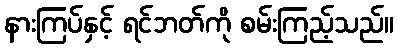
နားကြပ်နှင့် ရင်ဘတ်ကို စမ်းကြည့်သည်။